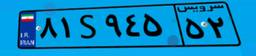
۴۹S۵۹۵۳۸